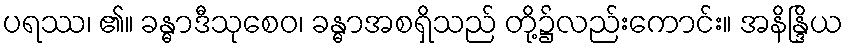
ပရဿ၊ ၏။ ခန္ဓာဒီသုစေဝ၊ ခန္ဓာအစရှိသည် တို့၌လည်းကောင်း။ အနိန္ဒြိယ